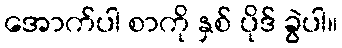
အောက်ပါ စာကို နှစ် ပိုဒ် ခွဲပါ။